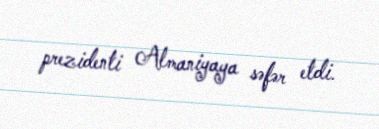
prezidenti Almaniyaya səfər etdi.